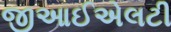
જીઆઈએલટી